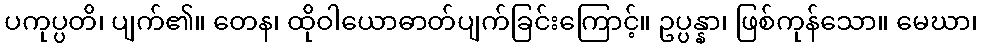
ပကုပ္ပတိ၊ ပျက်၏။ တေန၊ ထိုဝါယောဓာတ်ပျက်ခြင်းကြောင့်။ ဥပ္ပန္နာ၊ ဖြစ်ကုန်သော။ မေဃာ၊